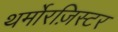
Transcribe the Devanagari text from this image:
थर्मोरज़िस्टर